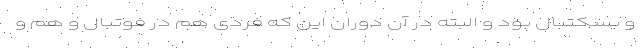
و بسکتبال بود و البته در آن دوران این که فردی هم در فوتبال و هم و